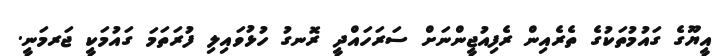
އީޔޫގެ ގައުމުތަކުގެ ތެރެއިން ރެފިއުޖީންނަށް ސަރަހައްދީ ރޮނގު ހުޅުވައިލި ފުރަތަމަ ގައުމަކީ ޖަރމަނީ.